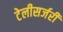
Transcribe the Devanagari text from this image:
टेलीसर्जरी